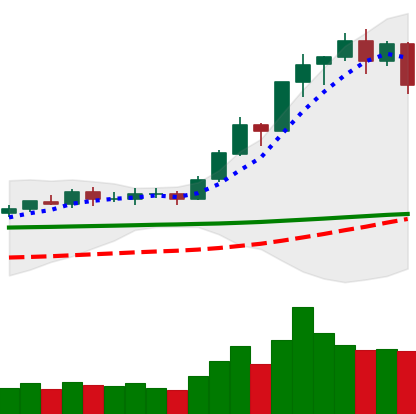
Ticker: BNB-USD
Chart end date: 2020-02-15
Forward return: -7.952%
Label: down_7plus